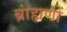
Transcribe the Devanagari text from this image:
ब्रांह्मणों